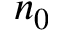
n _ { 0 }